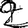
Digit: 2